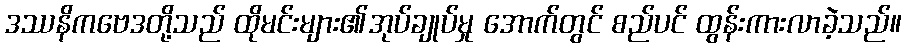
ဒဿနိကဗေဒတို့သည် ထိုမင်းများ၏အုပ်ချုပ်မှု အောက်တွင် စည်ပင် ထွန်းကားလာခဲ့သည်။